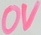
Text: 0V